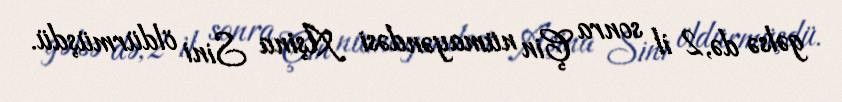
gəlsə də, 2 il sonra Çin nümayəndəsi Aşina Sini öldürmüşdü.